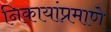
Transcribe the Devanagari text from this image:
निकायांप्रमाणे